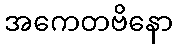
အကေတဗိနော